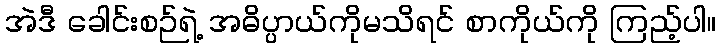
အဲဒီ ခေါင်းစဉ်ရဲ့ အဓိပ္ပာယ်ကိုမသိရင် စာကိုယ်ကို ကြည့်ပါ။